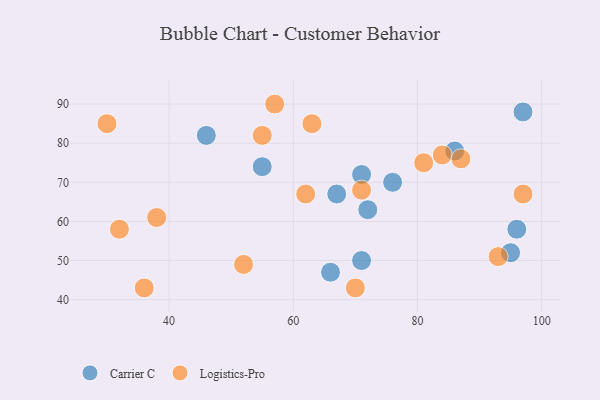
{"axis": {"x": "GDP", "y": "Life Expectancy"}, "legend": ["Carrier C", "Logistics-Pro"], "data": [{"x": "72", "y": 63, "type": "Carrier C"}, {"x": "46", "y": 82, "type": "Carrier C"}, {"x": "71", "y": 72, "type": "Carrier C"}, {"x": "71", "y": 50, "type": "Carrier C"}, {"x": "55", "y": 74, "type": "Carrier C"}, {"x": "67", "y": 67, "type": "Carrier C"}, {"x": "97", "y": 88, "type": "Carrier C"}, {"x": "86", "y": 78, "type": "Carrier C"}, {"x": "96", "y": 58, "type": "Carrier C"}, {"x": "95", "y": 52, "type": "Carrier C"}, {"x": "76", "y": 70, "type": "Carrier C"}, {"x": "66", "y": 47, "type": "Carrier C"}, {"x": "71", "y": 68, "type": "Logistics-Pro"}, {"x": "55", "y": 82, "type": "Logistics-Pro"}, {"x": "97", "y": 67, "type": "Logistics-Pro"}, {"x": "93", "y": 51, "type": "Logistics-Pro"}, {"x": "32", "y": 58, "type": "Logistics-Pro"}, {"x": "63", "y": 85, "type": "Logistics-Pro"}, {"x": "70", "y": 43, "type": "Logistics-Pro"}, {"x": "81", "y": 75, "type": "Logistics-Pro"}, {"x": "36", "y": 43, "type": "Logistics-Pro"}, {"x": "84", "y": 77, "type": "Logistics-Pro"}, {"x": "87", "y": 76, "type": "Logistics-Pro"}, {"x": "57", "y": 90, "type": "Logistics-Pro"}, {"x": "30", "y": 85, "type": "Logistics-Pro"}, {"x": "52", "y": 49, "type": "Logistics-Pro"}, {"x": "38", "y": 61, "type": "Logistics-Pro"}, {"x": "62", "y": 67, "type": "Logistics-Pro"}]}